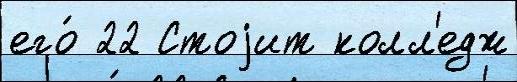
его́ 22 Стоjит колл'едж